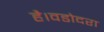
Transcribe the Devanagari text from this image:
है।वडोदरा